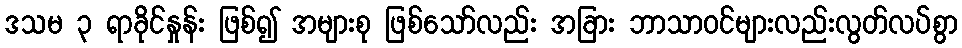
ဒသမ ၃ ရာခိုင်နှုန်း ဖြစ်၍ အများစု ဖြစ်သော်လည်း အခြား ဘာသာဝင်များလည်းလွတ်လပ်စွာ